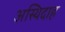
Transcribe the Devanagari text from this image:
अस्थिदाह